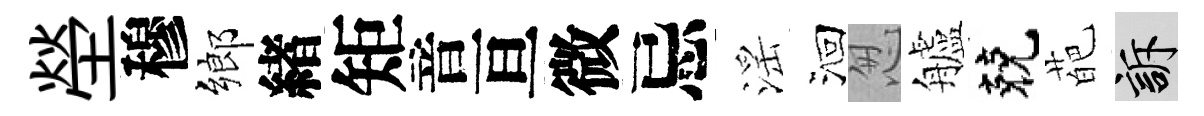
塋穆鄉緖矩音亘微忌滛洄怱艫兢葩訴